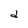
Character: d